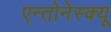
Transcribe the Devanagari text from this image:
एन्तोनेस्क्यू